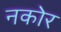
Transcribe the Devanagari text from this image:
नकोर